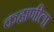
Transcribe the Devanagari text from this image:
कहाणीला